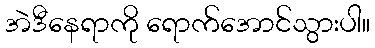
အဲဒီနေရာကို ရောက်အောင်သွားပါ။